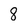
Character: 8